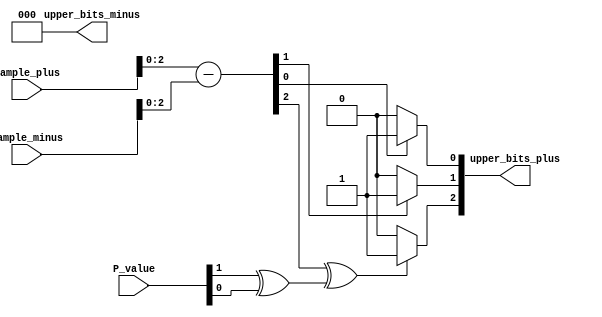
module M_block(sample_plus,sample_minus,P_value,upper_bits_plus,upper_bits_minus);


input[3:0] sample_plus,sample_minus; // -1 postion of sample is not used 
input[1:0] P_value; // in signed redundant representation
output[2:0] upper_bits_plus,upper_bits_minus;
reg[2:0] upper_bits_plus,upper_bits_minus;

wire[2:0] w_value;
wire[3:0] sample_value;
assign sample_value=sample_plus-sample_minus;

assign w_value[2]=sample_value[2]^(P_value[1]^P_value[0]);
assign w_value[1:0]=sample_value[1:0];


genvar i;
generate
	for(i=0;i<3;i=i+1) begin:change_signed_rep
		always@(*) begin 
			case(w_value[i])
				1'b1:begin
					upper_bits_plus[i]<=1'b1;
					upper_bits_minus[i]<=1'b0;
				end
				default:begin
					upper_bits_plus[i]<=1'b0;
					upper_bits_minus[i]<=1'b0;
				end
			endcase
		end
	end
endgenerate
	


/*
assign upper_bits_plus[2]=sample_plus[2]^(P_value[1]^P_value[0]);
assign upper_bits_minus[2]=sample_minus[2]^(P_value[1]^P_value[0]);
 
assign upper_bits_plus[1:0]=sample_plus[1:0];
assign upper_bits_minus[1:0]=sample_minus[1:0];
*/

endmodule